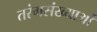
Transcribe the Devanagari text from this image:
तरंगसंख्याओं